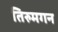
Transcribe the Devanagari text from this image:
तिरुमगन